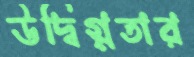
উদ্বিগ্নতার